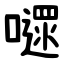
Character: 嚃